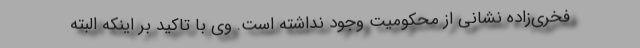
فخری‌زاده نشانی از محکومیت وجود نداشته است. وی با تاکید بر اینکه البته